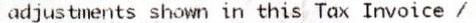
ADJUSTMENTS SHOWN IN THIS TAX INVOICE /